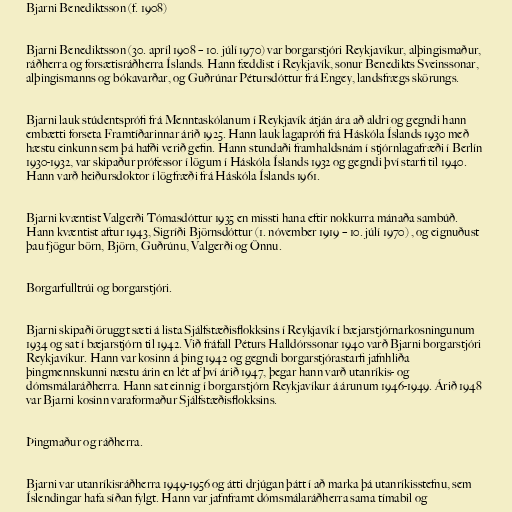
Bjarni Benediktsson (f. 1908)

Bjarni Benediktsson (30. apríl 1908 – 10. júlí 1970) var borgarstjóri Reykjavíkur, alþingismaður,
ráðherra og forsætisráðherra Íslands. Hann fæddist í Reykjavík, sonur Benedikts Sveinssonar,
alþingismanns og bókavarðar, og Guðrúnar Pétursdóttur frá Engey, landsfrægs skörungs.

Bjarni lauk stúdentsprófi frá Menntaskólanum í Reykjavík átján ára að aldri og gegndi hann
embætti forseta Framtíðarinnar árið 1925. Hann lauk lagaprófi frá Háskóla Íslands 1930 með
hæstu einkunn sem þá hafði verið gefin. Hann stundaði framhaldsnám í stjórnlagafræði í Berlín
1930-1932, var skipaður prófessor í lögum í Háskóla Íslands 1932 og gegndi því starfi til 1940.
Hann varð heiðursdoktor í lögfræði frá Háskóla Íslands 1961.

Bjarni kvæntist Valgerði Tómasdóttur 1935 en missti hana eftir nokkurra mánaða sambúð.
Hann kvæntist aftur 1943, Sigríði Björnsdóttur (1. nóvember 1919 – 10. júlí 1970) , og eignuðust
þau fjögur börn, Björn, Guðrúnu, Valgerði og Önnu.

Borgarfulltrúi og borgarstjóri.

Bjarni skipaði öruggt sæti á lista Sjálfstæðisflokksins í Reykjavík í bæjarstjórnarkosningunum
1934 og sat í bæjarstjórn til 1942. Við fráfall Péturs Halldórssonar 1940 varð Bjarni borgarstjóri
Reykjavíkur. Hann var kosinn á þing 1942 og gegndi borgarstjórastarfi jafnhliða
þingmennskunni næstu árin en lét af því árið 1947, þegar hann varð utanríkis- og
dómsmálaráðherra. Hann sat einnig í borgarstjórn Reykjavíkur á árunum 1946-1949. Árið 1948
var Bjarni kosinn varaformaður Sjálfstæðisflokksins.

Þingmaður og ráðherra.

Bjarni var utanríkisráðherra 1949-1956 og átti drjúgan þátt í að marka þá utanríkisstefnu, sem
Íslendingar hafa síðan fylgt. Hann var jafnframt dómsmálaráðherra sama tímabil og